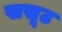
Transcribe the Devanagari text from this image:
खसूट